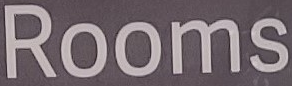
Rooms